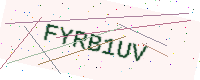
Text: FYRB1UV